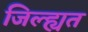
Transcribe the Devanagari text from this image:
जिल्ह्यत